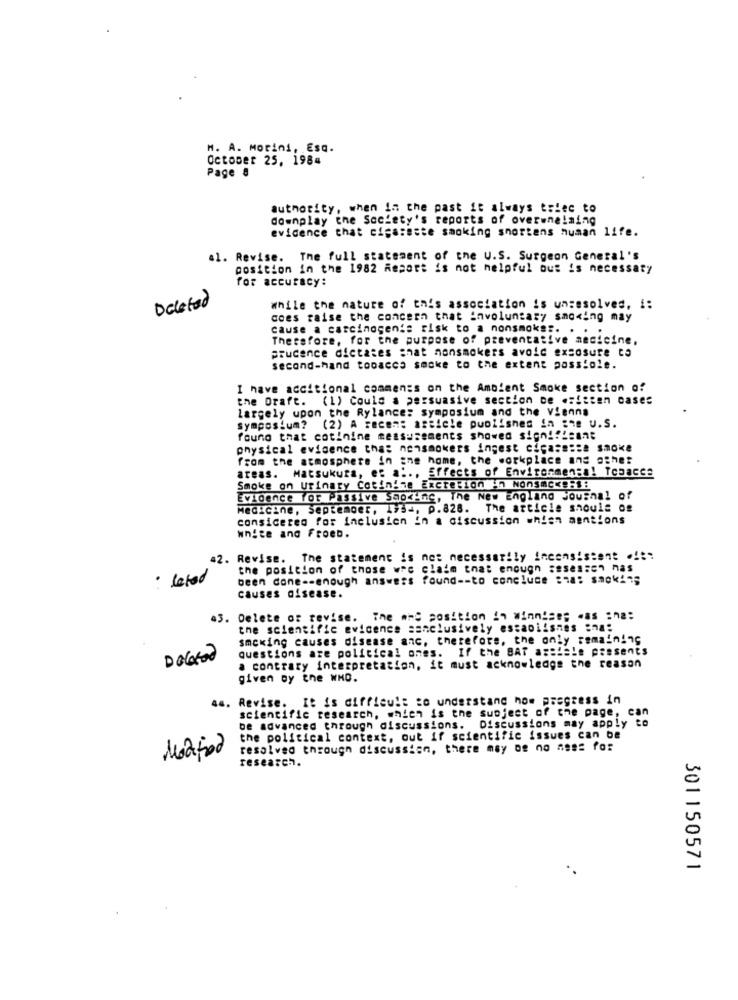
M. A. Morini, EsQ.
October 25, 1984
Page 8
authority, when in the past it always tried to
downplay the Society's reports of overwhelming
evidence that cigarette smoking shortens numan life.
al. Revise. The full statement of the U.S. Surgeon General's
position in the 1982 Resort is not helpful out is necessary
for accuracy:
Deleted
while the nature of this association is unresolved, !:
does raise the concern that involuntary smoking may
cause a carcinogenis risk to a nonsmokes.
Therefore, for the purpose of preventative medicine.
prucence dictates shat nonsmokers avoid exsosure to
second-hand tobacco socke to the extent pass!ole.
I have accitional comments on the Ambient Smoke section of
the Draft. (1) Could a persuasive section De .sitten cases
largely upon the Rylance: symposium and the Vienna
symposium? (2) A recen: article published in she u.S.
found that cotinine measurements showed sign !! icant
physical evidence that nonsmokers ingest cicasesta smoke
from the atmosphere in ane home, the workplace and athet
areas. Matsukura, es a :., Effects of Environmental Tobacce
Smoke on urinary Cotin'ne Excretion in NonsmcKe:s:
Evidence for Passive Smocinc, The New England Journal of
Medicine, September, 1994, p.828. The article shoule og
considered for inclusion in a discussion whish mentions
white and Froeb.
42.
Revise. The statement is not necessarily inconsistent .!!?
the position of those w"c claim that enough :esessen nas
· leted
been done -- enough answers found -- to conclude :ha: smok'n;
causes disease.
43. Delete or revise. The mme position in Winnise; . as :na:
the scientific evidence sanclusively establishes :na:
smoking causes disease anc. therefore, the only remaining
questions are political ones. If the BAT assisle presents
DOGO
a contrary interpretation, it must acknowledge the reason
given by the WHO.
46. Revise. It is difficult to understand how progress in
scientific research, whien is the subject of the page, can
be advanced through discussions. Discussions may apply to
the political context, out if scientific issues can be
Moafor
resolved through discussion, there may og no ages for
research.
301150571